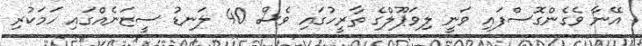
އޭނާ ވެގެންގޮސްފައި ވަނީ ލިވަޕޫލްގެ ތާރީހުގައި ވެސް 40 ލަނޑު ސީޒަނެއްގައި ހަމަކުރި